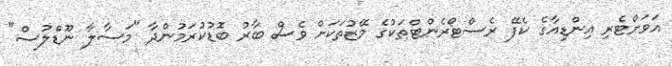
އަވަށްޓެރި އިންޑިއާގެ ކެފޭ ރެސްޓޯރެންޓްތަކުގެ މޭޒުތަކަށް ވެސް ބާރު ބޮޑުކުރަމުންދާ "މަސާލާ ނޫޑްލުސް"